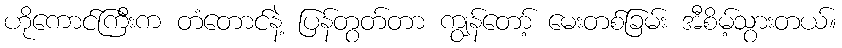
ဟိုကောင်ကြီးက တံတောင်နဲ့ ပြန်တွတ်တာ ကျွန်တော့် မေးတစ်ခြမ်း အီစိမ့်သွားတယ်။